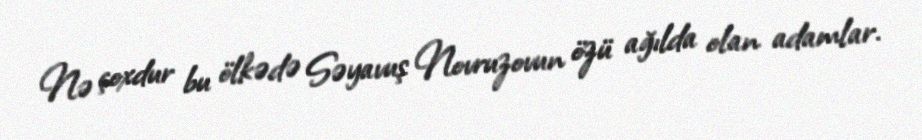
Nə çoxdur bu ölkədə Səyavuş Novruzovun özü ağılda olan adamlar.